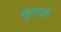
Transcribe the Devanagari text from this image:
खुदयी